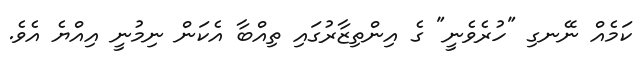
ކަމެއް ނޭނގި "ހުރެވެނީ" ގެ އިންތިޒާރުގައި ތިއްބާ އެކަން ނިމުނީ އިއްޔެ އެވެ.